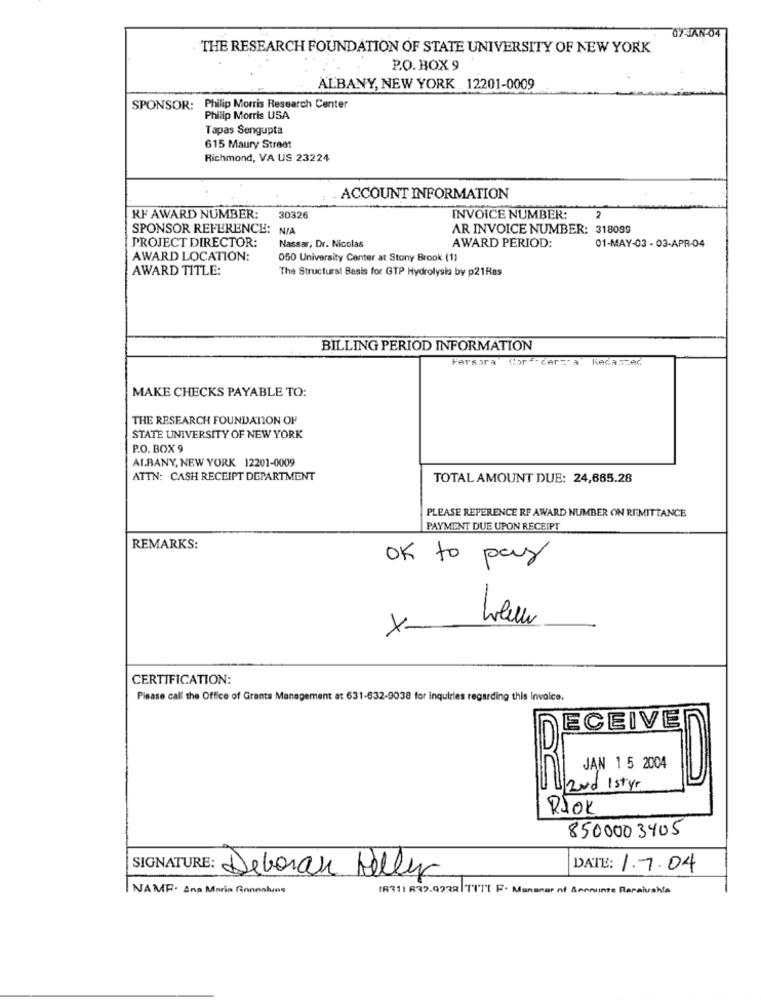
07-AN-04
THE RESEARCH FOUNDATION OF STATE UNIVERSITY OF NEW YORK
P.O. BOX 9
ALBANY, NEW YORK .12201-0009
SPONSOR: Philip Morris Research Center
Philip Morris USA
Tapas Sengupta
615 Maury Street
Richmond, VA US 23224
- ACCOUNT INFORMATION
RF AWARD NUMBER:
30326
INVOICE NUMBER:
2
SPONSOR REFERENCE: N/A
AR INVOICE NUMBER: 318089
PROJECT DIRECTOR:
AWARD PERIOD:
Nassar, Dr. Nicolas
01-MAY-03 - 03-APR-04
AWARD LOCATION:
050 University Center at Stony Brook (1)
AWARD TITLE:
The Structural Basis for GTP Hydrolysis by p21Ras
BILLING PERIOD INFORMATION
Fersora CorE-cerza
RAGASZAG
MAKE CHECKS PAYABLE TO:
THE RESEARCH FOUNDATION OF
STATE UNIVERSITY OF NEW YORK
P.O. BOX 9
ALBANY, NEW YORK 12201-0009
ATTN: CASH RECEIPT DEPARTMENT
TOTAL AMOUNT DUE: 24,665.28
PLEASE REFERENCE RF AWARD NUMBER ON REMITTANCE
PAYMENT DUE UPON RECEIPT
REMARKS:
OK to pay
-
CERTIFICATION:
Please call the Office of Grants Management at 631-632-9038 for inquiries regarding this Invoice.
ECEIVE
Uzvd Istyr
RJOk
8500003405
DATE: 1.7.04
Deborah Kelly
NAME. Ana Maria Gonnalune
18211 (32.9938 TITI F. Mananar nf &menuinte Raraivahla